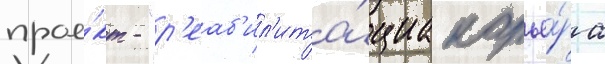
прое́кт - "р'еаб'ил'ита́циа карье́ра